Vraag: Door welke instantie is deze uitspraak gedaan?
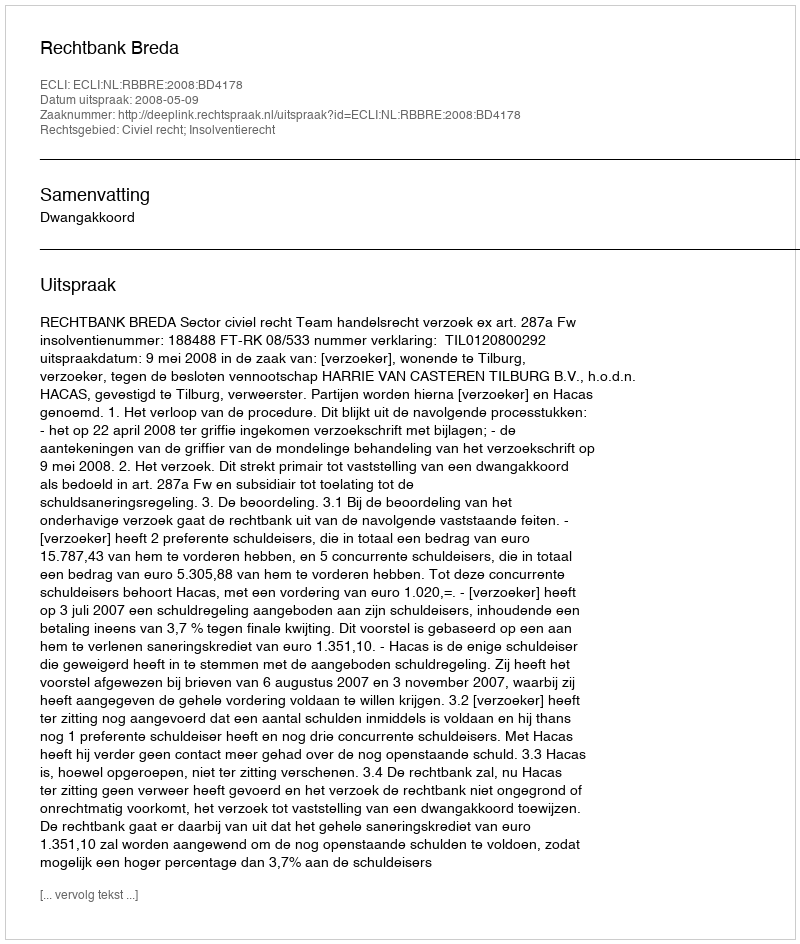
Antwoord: Rechtbank Breda